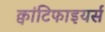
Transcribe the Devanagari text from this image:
क्वांटिफाइयर्स